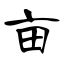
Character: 亩